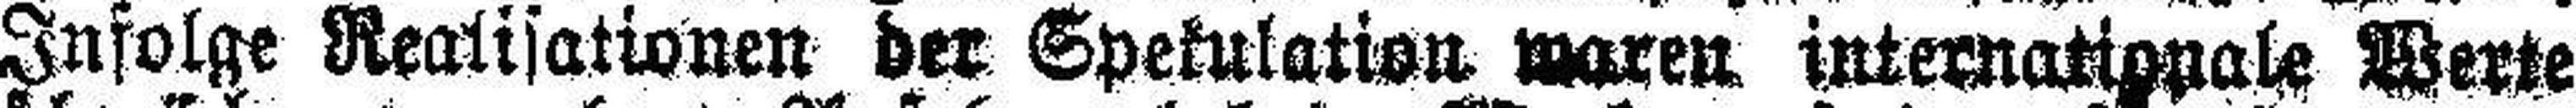
Infolge Realisationen der Spekulation waren internationale Werte